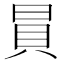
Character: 𧴴